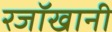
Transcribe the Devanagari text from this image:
रजॉखानी